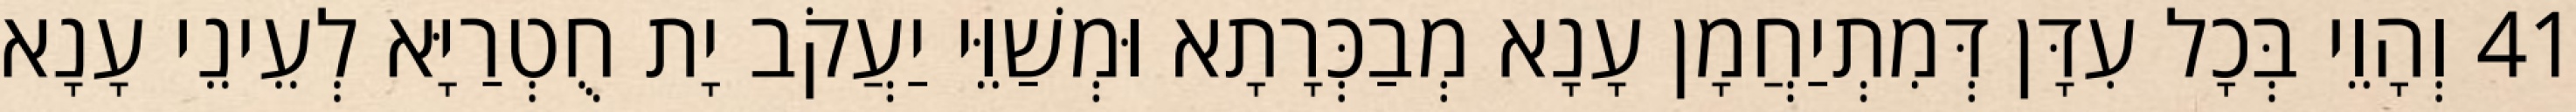
41 וְהָוֵי בְּכָל עִדָּן דְּמִתְיַחֲמָן עָנָא מְבַכְּרָתָא וּמְשַׁוֵּי יַעֲקֹב יָת חֻטְרַיָּא לְעֵינֵי עָנָא